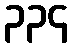
၃၃၄